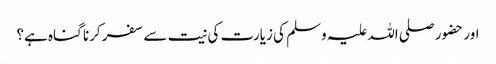
اور حضور صلی اللہ علیہ وسلم کی زیارت کی نیت سے سفر کرنا گناہ ہے؟